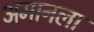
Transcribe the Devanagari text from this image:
अमानला